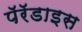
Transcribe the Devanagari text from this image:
पॅरॅडाइस